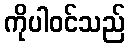
ကိုပါဝင်သည်